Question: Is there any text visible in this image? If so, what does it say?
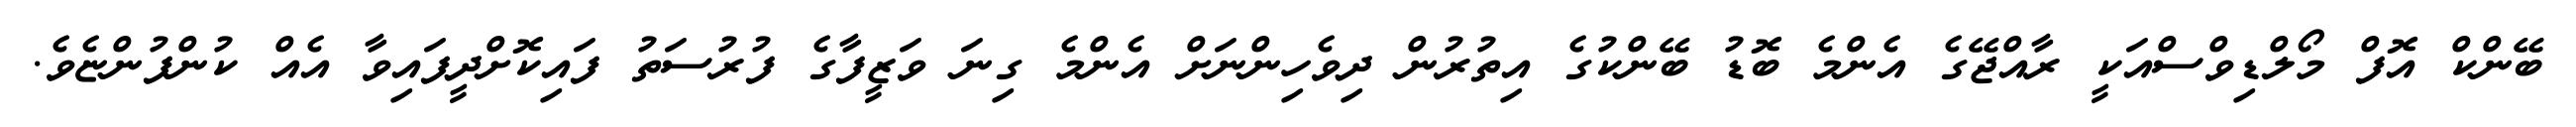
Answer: ބޭންކް އޮފް މޯލްޑިވްސްއަކީ ރާއްޖޭގެ އެންމެ ބޮޑު ބޭންކުގެ އިތުރުން ދިވެހިންނަށް އެންމެ ގިނަ ވަޒީފާގެ ފުރުސަތު ފައިކޮށްދީފައިވާ އެއް ކުންފުންޏެވެ.